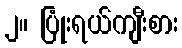
၂။ ပြုံးရယ်ကျီးစား